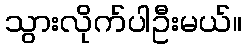
သွားလိုက်ပါဦးမယ်။